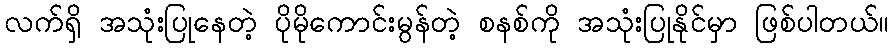
လက်ရှိ အသုံးပြုနေတဲ့ ပိုမိုကောင်းမွန်တဲ့ စနစ်ကို အသုံးပြုနိုင်မှာ ဖြစ်ပါတယ်။